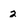
Character: 2